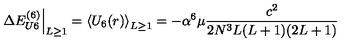
\left. \Delta E _ { U 6 } ^ { ( 6 ) } \right| _ { L \ge 1 } = \left\langle U _ { 6 } ( r ) \right\rangle _ { L \ge 1 } = - \alpha ^ { 6 } \mu \frac { c ^ { 2 } } { 2 N ^ { 3 } L ( L + 1 ) ( 2 L + 1 ) }